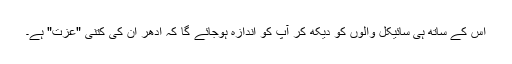
اس کے ساتھ ہی سائیکل والوں کو دیکھ کر آپ کو اندازہ ہوجائے گا کہ ادھر ان کی کتنی "عزت" ہے۔